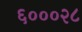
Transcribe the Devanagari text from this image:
६०००२८